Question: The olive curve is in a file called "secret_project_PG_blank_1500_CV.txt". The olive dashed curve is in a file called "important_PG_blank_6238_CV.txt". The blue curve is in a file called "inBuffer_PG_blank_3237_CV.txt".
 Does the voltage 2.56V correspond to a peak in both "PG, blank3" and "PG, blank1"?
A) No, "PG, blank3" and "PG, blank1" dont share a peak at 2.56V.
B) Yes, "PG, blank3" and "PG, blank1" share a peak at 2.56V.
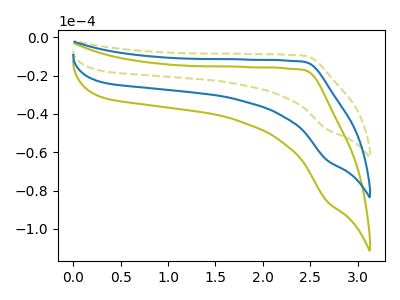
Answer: <think>The olive curve "PG, blank1" has no peaks. The olive dashed curve "PG, blank2" has no peaks. The blue curve "PG, blank3" has no peaks.</think>
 <answer>A) No, "PG, blank3" and "PG, blank1" dont share a peak at 2.56V.</answer>
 <eval>A</eval>